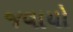
જવાયો